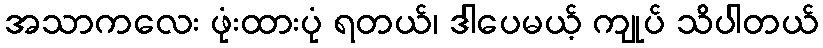
အသာကလေး ဖုံးထားပုံ ရတယ်၊ ဒါပေမယ့် ကျုပ် သိပါတယ်